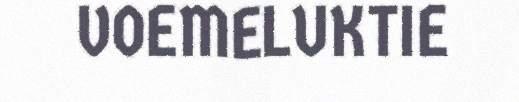
VOEMELUKTIE